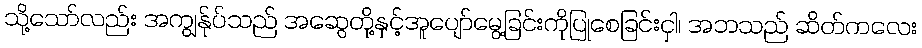
သို့သော်လည်း အကျွန်ုပ်သည် အဆွေတို့နှင့်အူပျော်မွေ့ခြင်းကိုပြုစေခြင်းငှါ၊ အဘသည် ဆိတ်ကလေး